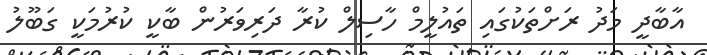
އާބާދީ މަދު ރަށްތަކުގައި ތައުލީމް ހާސިލް ކުރާ ދަރިވަރުން ބާކީ ކުރުމަކީ ގަބޫލު